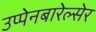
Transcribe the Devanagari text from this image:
उप्पेनबारेल्सेर